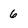
Character: 6